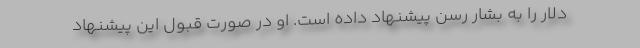
دلار را به بشار رسن پیشنهاد داده است. او در صورت قبول این پیشنهاد